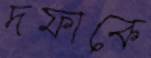
দফাকে